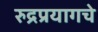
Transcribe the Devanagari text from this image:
रुद्रप्रयागचे